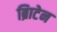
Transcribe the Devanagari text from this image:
ब्रिाटेन